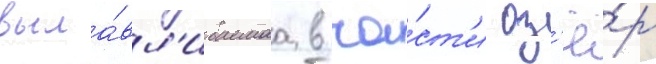
выла́вл'иваемаа в ча́ст'и оз'ё́р